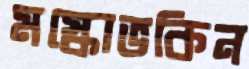
মস্কোভকিন